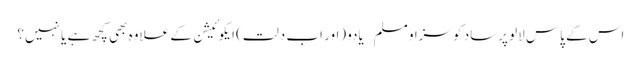
اس کے پاس لالو پرساد کو سزا و مسلم – یادو (اور اب دلت) ایکوئیشن کے علاوہ بھی کچھ ہے یا نہیں؟